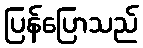
ပြန်ပြောသည်